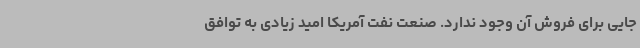
جایی برای فروش آن وجود ندارد. صنعت نفت آمریکا امید زیادی به توافق